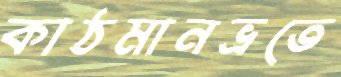
কাঠমানভ্রতে